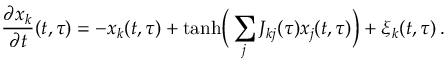
\frac { \partial x _ { k } } { \partial t } ( t , \tau ) = - x _ { k } ( t , \tau ) + \mathrm { t a n h } \Big ( \sum _ { j } J _ { k j } ( \tau ) x _ { j } ( t , \tau ) \Big ) + \xi _ { k } ( t , \tau ) \, .